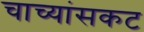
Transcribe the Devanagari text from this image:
चाच्यांसकट